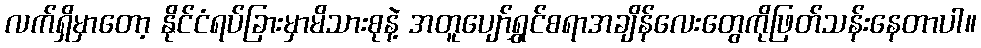
လက်ရှိမှာတော့ နိုင်ငံရပ်ခြားမှာမိသားစုနဲ့ အတူပျော်ရွှင်စရာအချိန်လေးတွေကိုဖြတ်သန်းနေတာပါ။